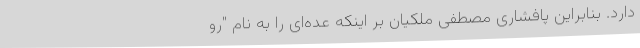
دارد. بنابراین پافشاری مصطفی ملکیان بر اینکه عده‌ای را به نام "رو